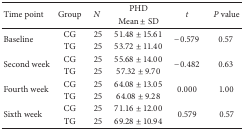
| <ROWSPAN=2> Time point | <ROWSPAN=2> Group | <ROWSPAN=2> N | PHD | <ROWSPAN=2> t | <ROWSPAN=2> P value |
 | Mean ± SD |
 | --- | --- | --- | --- | --- | --- |
 | <ROWSPAN=2> Baseline | CG | 25 | 51.48 ± 15.61 | <ROWSPAN=2> −0.579 | <ROWSPAN=2> 0.57 |
 | TG | 25 | 53.72 ± 11.40 |
 | <ROWSPAN=2> Second week | CG | 25 | 55.68 ± 14.00 | <ROWSPAN=2> −0.482 | <ROWSPAN=2> 0.63 |
 | TG | 25 | 57.32 ± 9.70 |
 | <ROWSPAN=2> Fourth week | CG | 25 | 64.08 ± 13.05 | <ROWSPAN=2> 0.000 | <ROWSPAN=2> 1.00 |
 | TG | 25 | 64.08 ± 9.28 |
 | <ROWSPAN=2> Sixth week | CG | 25 | 71.16 ± 12.00 | <ROWSPAN=2> 0.579 | <ROWSPAN=2> 0.57 |
 | TG | 25 | 69.28 ± 10.94 |